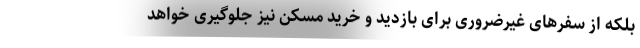
بلکه از سفرهای غیرضروری برای بازدید و خرید مسکن نیز جلوگیری خواهد